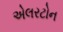
એલરટોન